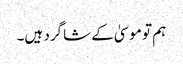
‏ ہم تو موسیٰ کے شاگرد ہیں۔